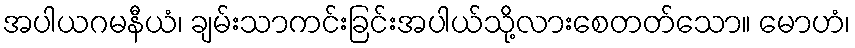
အပါယဂမနီယံ၊ ချမ်းသာကင်းခြင်းအပါယ်သို့လားစေတတ်သော။ မောဟံ၊